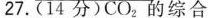
27.(14分)CO_{2}的综合